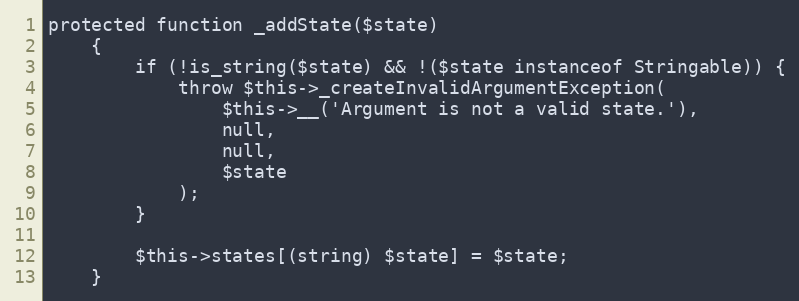
Language: PHP
protected function _addState($state)
    {
        if (!is_string($state) && !($state instanceof Stringable)) {
            throw $this->_createInvalidArgumentException(
                $this->__('Argument is not a valid state.'),
                null,
                null,
                $state
            );
        }

        $this->states[(string) $state] = $state;
    }